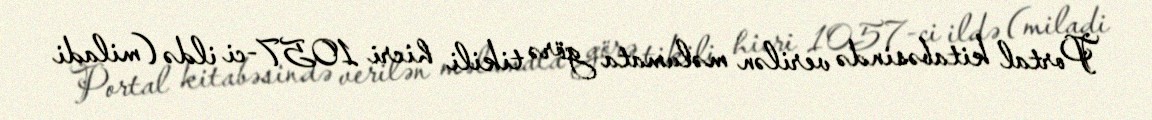
Portal kitabəsində verilən məlumata görə tikili hicri 1057-ci ildə (miladi